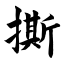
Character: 撕